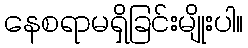
နေစရာမရှိခြင်းမျိုးပါ။